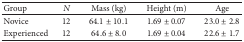
<table><thead><tr><td><b>Group</b></td><td><b><i>N</i></b></td><td><b>Mass (kg)</b></td><td><b>Height (m)</b></td><td><b>Age</b></td></tr></thead><tbody><tr><td>Novice</td><td>12</td><td>64.1 ± 10.1</td><td>1.69 ± 0.07</td><td>23.0 ± 2.8</td></tr><tr><td>Experienced</td><td>12</td><td>64.6 ± 8.0</td><td>1.69 ± 0.04</td><td>22.6 ± 1.7</td></tr></tbody></table>